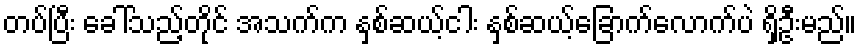
တပ်ပြီး ခေါ်သည့်တိုင် အသက်က နှစ်ဆယ့်ငါး နှစ်ဆယ့်ခြောက်လောက်ပဲ ရှိဦးမည်။